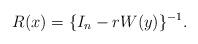
LaTeX: \begin{align*} R(x) = \{I_n-rW(y)\}^{-1}. \end{align*}